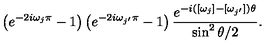
\left( e ^ { - 2 i \omega _ { j } \pi } - 1 \right) \left( e ^ { - 2 i \omega _ { j ^ { \prime } } \pi } - 1 \right) \frac { e ^ { - i ( [ \omega _ { j } ] - [ \omega _ { j ^ { \prime } } ] ) \theta } } { \sin ^ { 2 } \theta / 2 } .